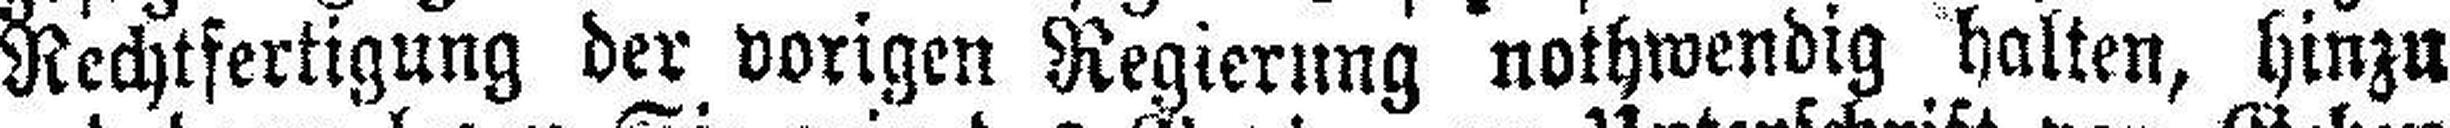
Rechtfertigung der vorigen Regierung nothwendig halten, hinzu